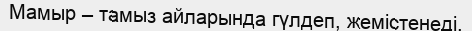
Мамыр – тамыз айларында гүлдеп, жемістенеді.